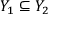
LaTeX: Y _ { 1 } \subseteq Y _ { 2 }